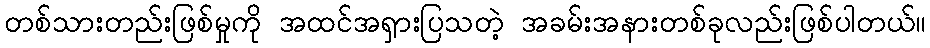
တစ်သားတည်းဖြစ်မှုကို အထင်အရှားပြသတဲ့ အခမ်းအနားတစ်ခုလည်းဖြစ်ပါတယ်။